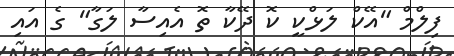
ފިލްމް "އޭކް ލަޅްކީ ކޮ ދޭކާ ތޮ އެއިސާ ލަގާ" ގެ އައި